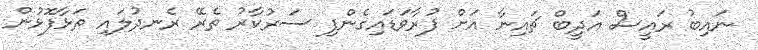
ނައިބު ރައީސް އަދީބް ޗައިނާ އަށް ފުރާވަޑައިގެންފި ސަރުކާރު ތެރޭ ރެނދުލައި ތަޅާފޮޅުން